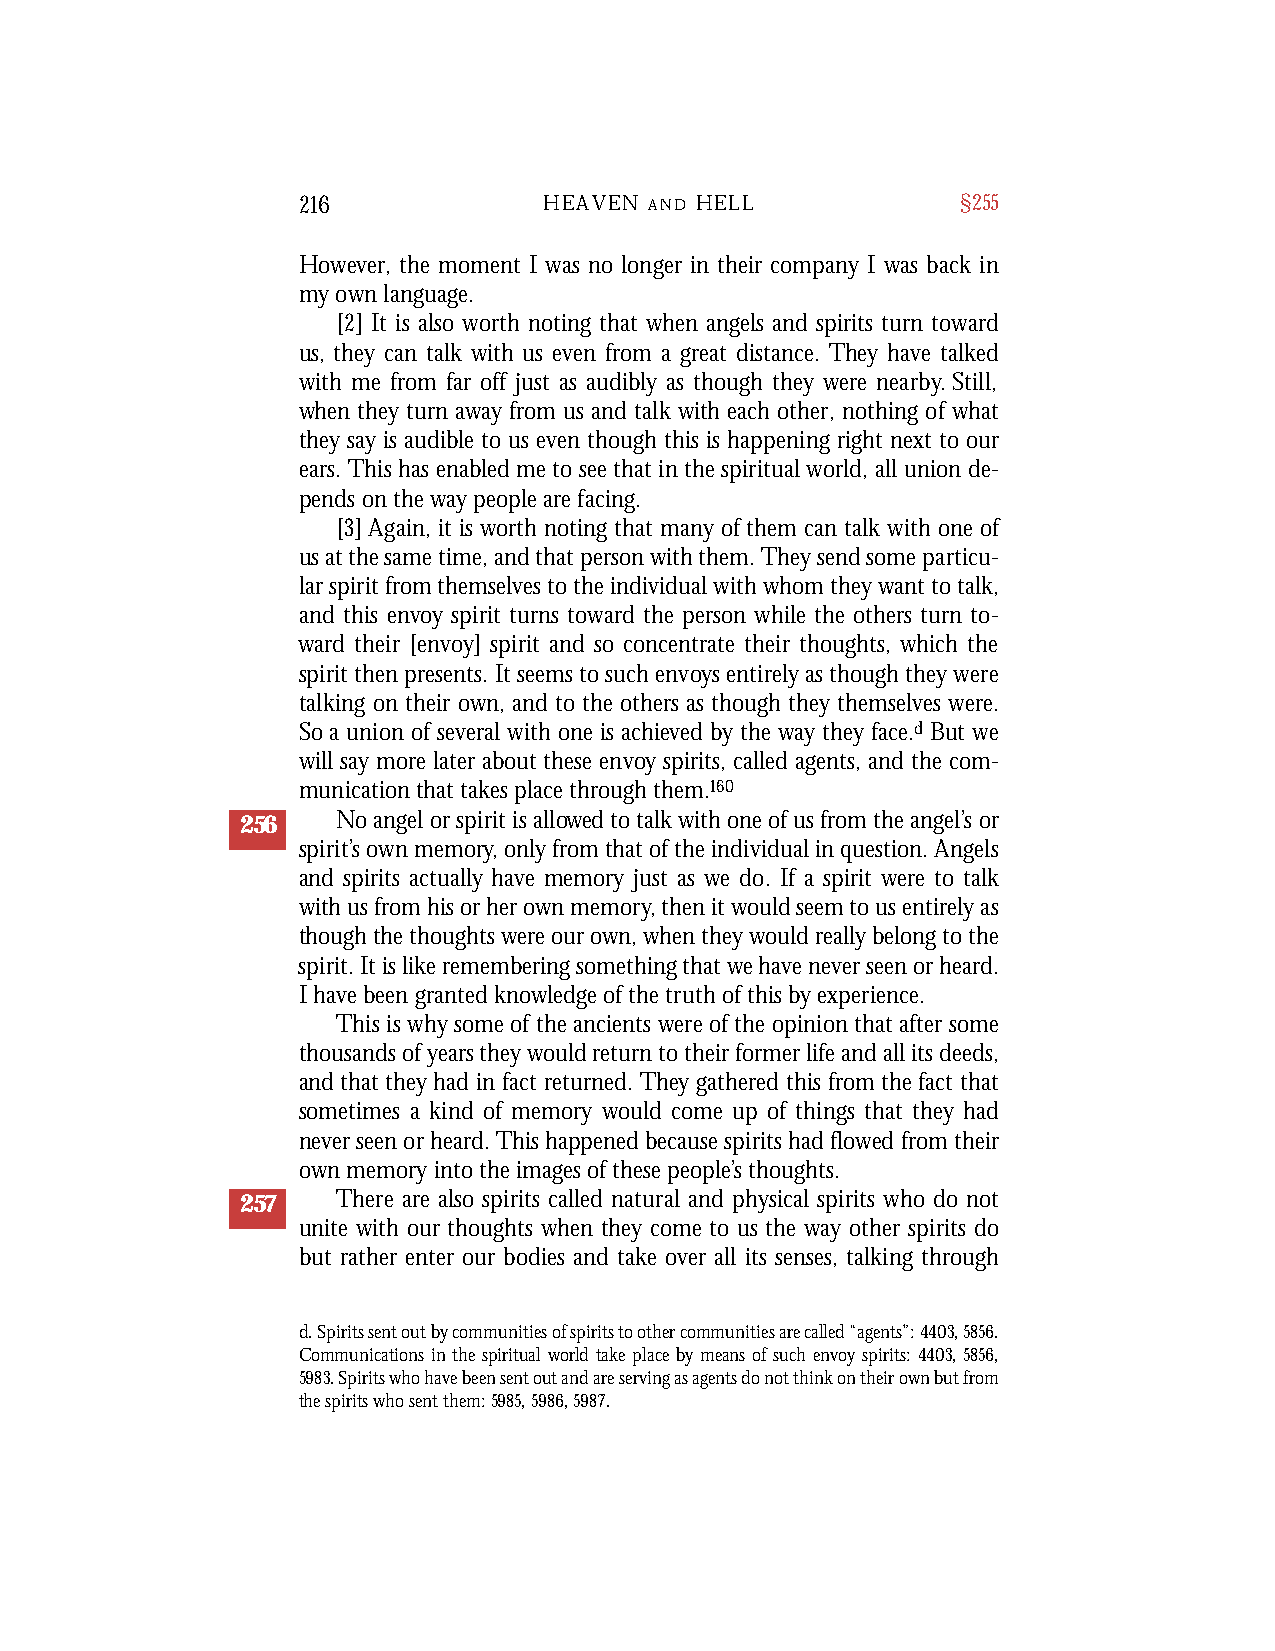
216             HEAVEN A N D H E L L        §255
 However, the moment I was no longer in their company I was back in
 my own language.
 [2] It is also worth noting that when angels and spirits turn toward
 us, they can talk with us even from a great distance. They have talked
 with me from far off just as audibly as though they were nearby. Still,
 when they turn away from us and talk with each other, nothing of what
 they say is audible to us even though this is happening right next to our
 ears. This has enabled me to see that in the spiritual world, all union de-
 pends on the way people are facing.
 [3] Again, it is worth noting that many of them can talk with one of
 us at the same time, and that person with them. They send some particu-
 lar spirit from themselves to the individual with whom they want to talk,
 and this envoy spirit turns toward the person while the others turn to-
 ward their [envoy] spirit and so concentrate their thoughts, which the
 spirit then presents. It seems to such envoys entirely as though they were
 talking on their own, and to the others as though they themselves were.
 So a union of several with one is achieved by the way they face.d But we
 will say more later about these envoy spirits, called agents, and the com-
 munication that takes place through them.160
 256   No angel or spirit is allowed to talk with one of us from the angel’s or
 spirit’s own memory, only from that of the individual in question. Angels
 and spirits actually have memory just as we do. If a spirit were to talk
 with us from his or her own memory, then it would seem to us entirely as
 though the thoughts were our own, when they would really belong to the
 spirit. It is like remembering something that we have never seen or heard.
 I have been granted knowledge of the truth of this by experience.
 This is why some of the ancients were of the opinion that after some
 thousands of years they would return to their former life and all its deeds,
 and that they had in fact returned. They gathered this from the fact that
 sometimes a kind of memory would come up of things that they had
 never seen or heard. This happened because spirits had flowed from their
 own memory into the images of these people’s thoughts.
 257   There are also spirits called natural and physical spirits who do not
 unite with our thoughts when they come to us the way other spirits do
 but rather enter our bodies and take over all its senses, talking through
 d. Spirits sent out by communities of spirits to other communities are called “agents”: 4403,5856.
 Communications in the spiritual world take place by means of such envoy spirits: 4403,5856,
 5983. Spirits who have been sent out and are serving as agents do not think on their own but from
 the spirits who sent them: 5985, 5986, 5987.